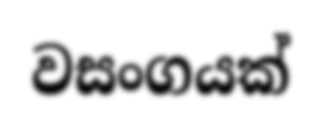
වසංගයක්